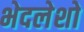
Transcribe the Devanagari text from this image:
भेदलेशो